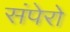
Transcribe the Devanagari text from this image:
संपेरो